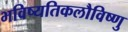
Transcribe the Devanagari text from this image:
भविष्यतिकलौविष्णु